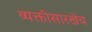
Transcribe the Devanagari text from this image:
व्यक्तींसारखेच